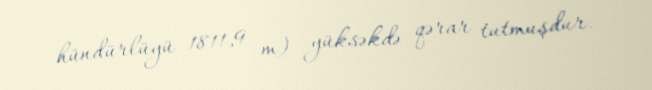
hündürlüyü 1811,9 m) yüksəkdə qərar tutmuşdur.